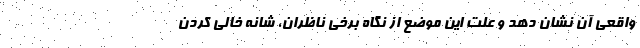
واقعی آن نشان دهد و علت این موضع از نگاه برخی ناظران، شانه خالی کردن